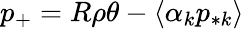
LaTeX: p_{+}=R\rho\theta-\langle\alpha_{k}p_{*k}\rangle